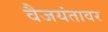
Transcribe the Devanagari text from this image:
वैजयंतावर